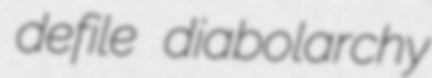
defile diabolarchy